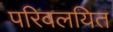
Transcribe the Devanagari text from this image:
परिवलयित